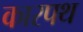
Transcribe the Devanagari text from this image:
कारपथ